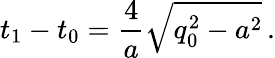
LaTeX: t_{1}-t_{0}={\frac{4}{a}}\sqrt{q_{0}^{2}-a^{2}}\, .